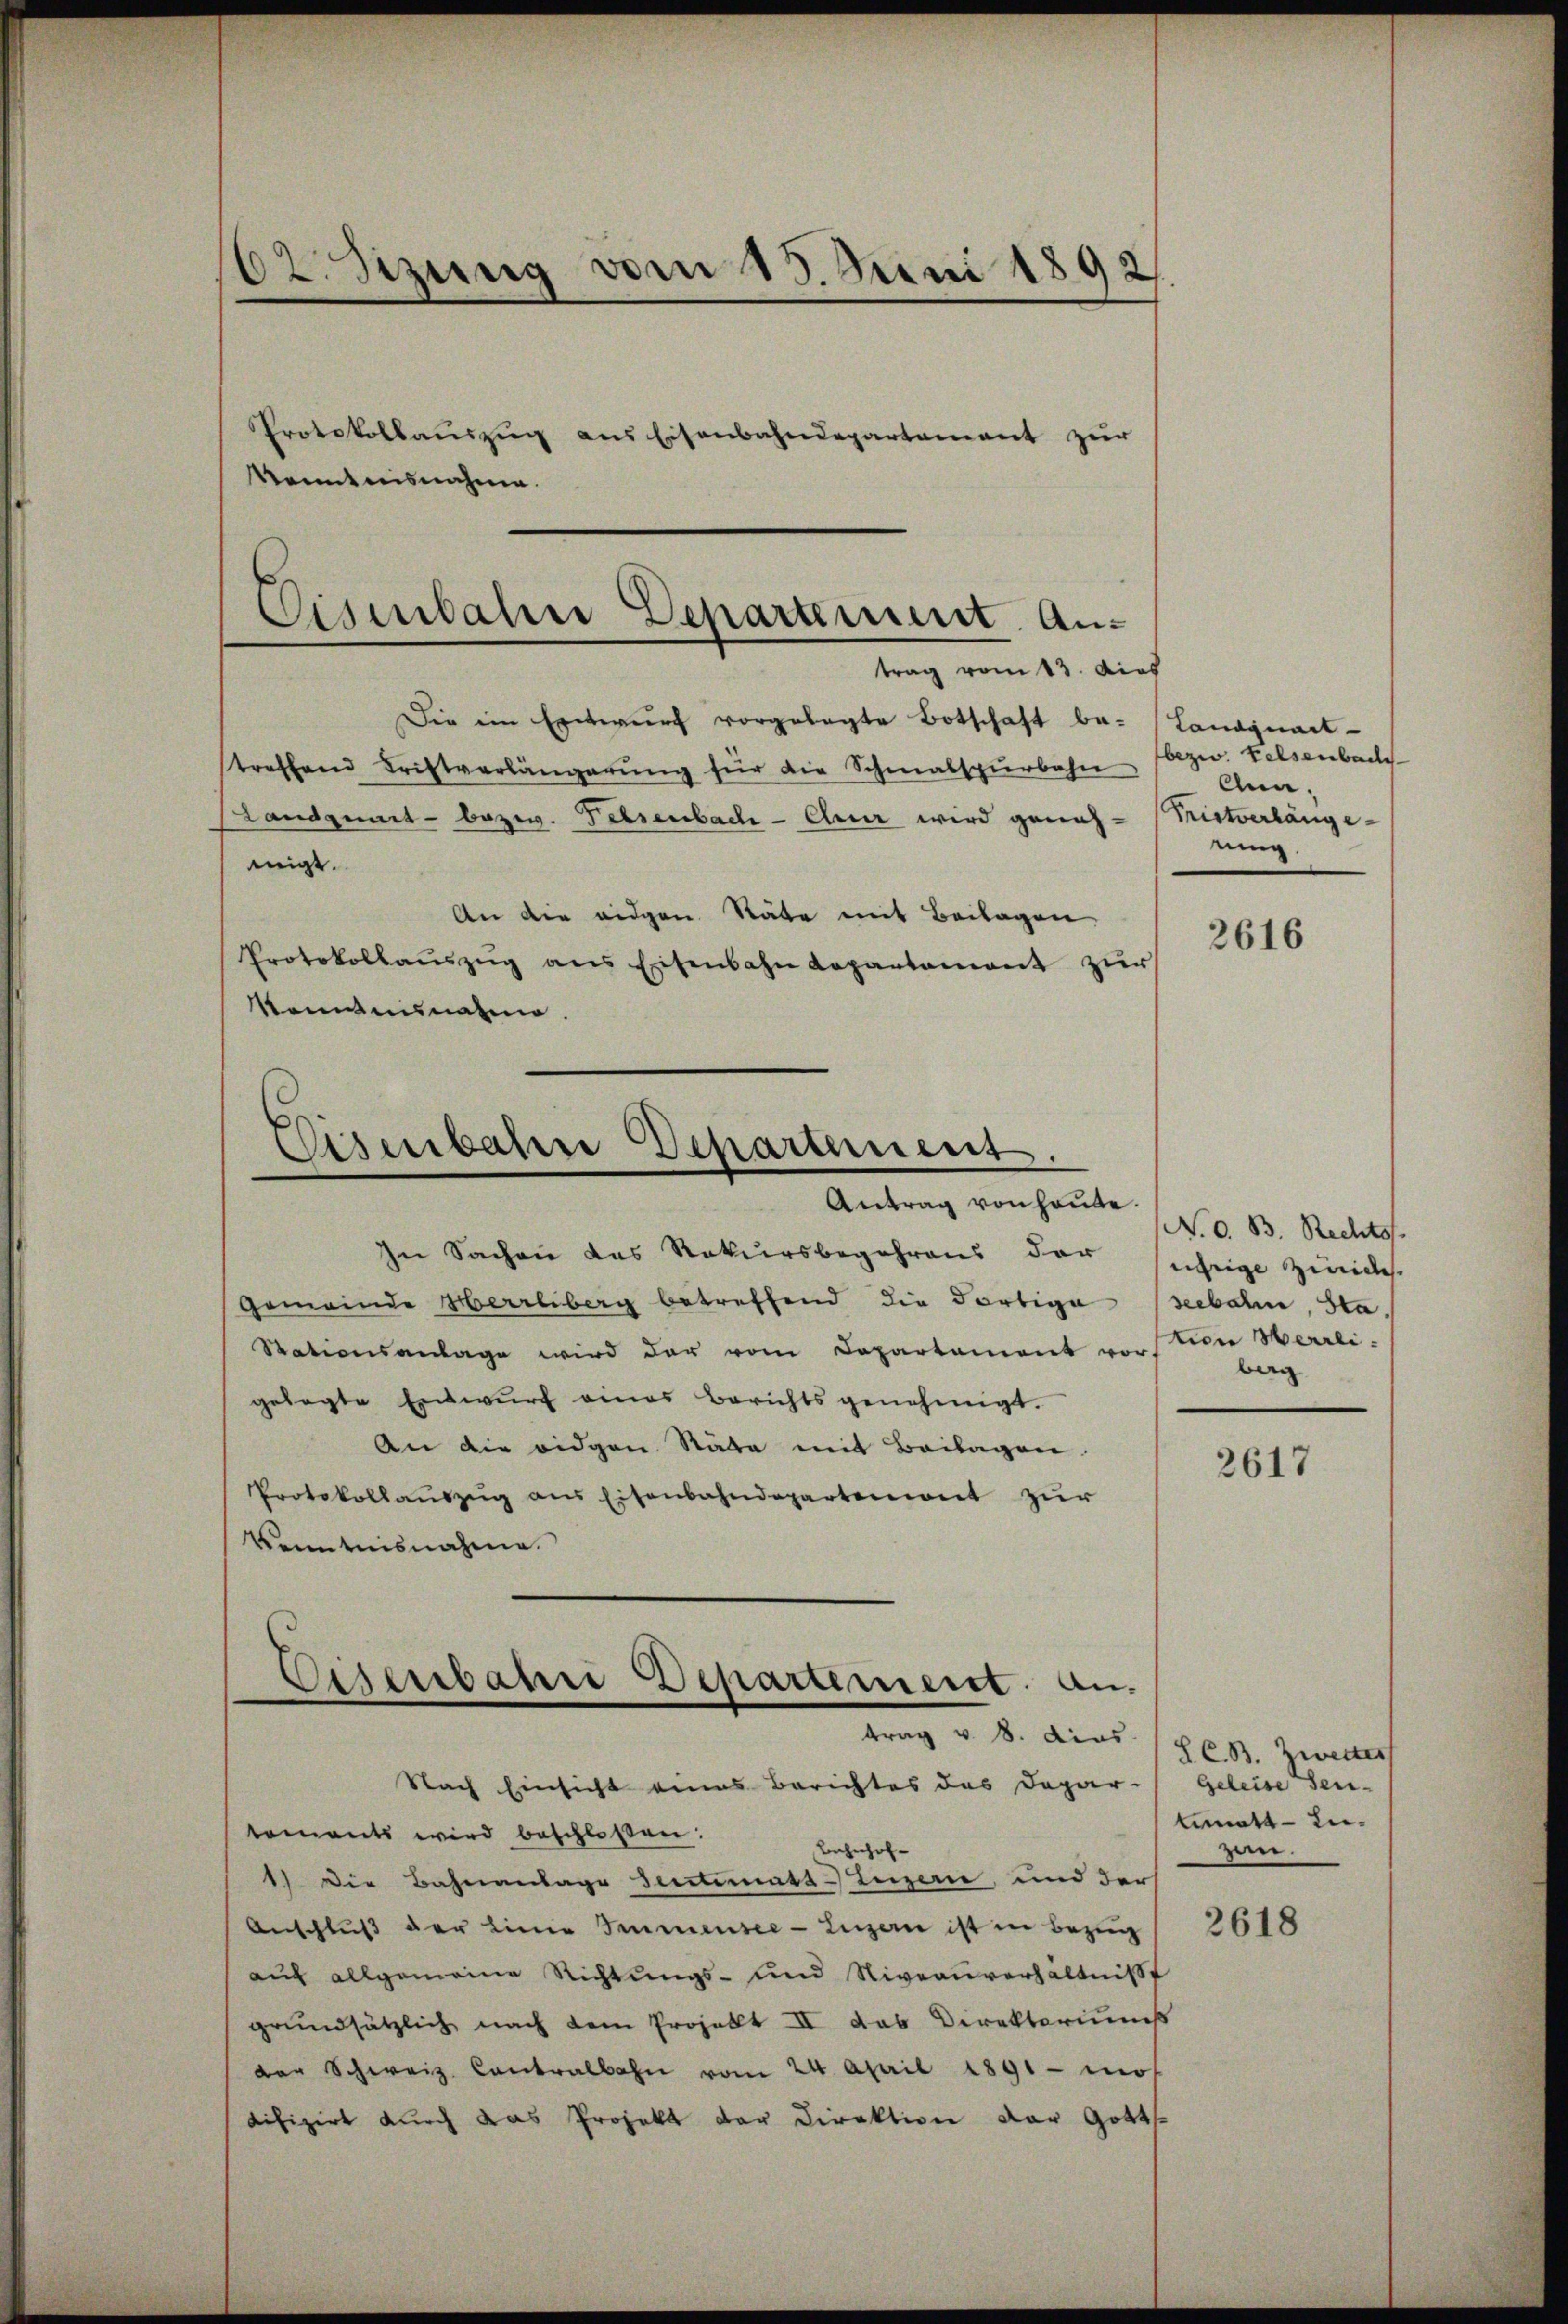
62. Sitzung vom 13. Juni 1892.
Protokollauszug aus Eisenbahndepartement zur

kenntnisnahme.

Eisenbahne Departement. Antrag vom 13. dies

Die ein Entwurf vorgelegte Botschaft be- Landquart-
treffend Fristverlängerŭng für die Schmalspürbahn
Landquart - bezw. Felsenbach - Chur wird genah-Tristverlänge-
migt.
An die eidgen. Stäte mit Beilagen
Protokollaŭszŭg ans Eisenbahn Repartament zur
kenntnisnahme.

Eisenbahn Departement
Antrag von heute

In Sachen das Rekursbegehrens der
Gemeinde Herrliberg betreffend die dortige
Stationsanlage wird der vom Departament vor Ticie Herrligelegte Einwurf eines Berichts genehmigt.
An die eidgen Stäte mit Beilagen
Protokollaŭszŭg ans Eisenbahndepartenweit zur
Kenntnisnahme.
trag v. 8. dies
Nach Einsicht eines Berichtes des Depar-
tements wird beschlossen:
Bahnhof-
1) Die Bahnanlage Seitemata-Luzern, und der
Anschlŭβ der Linie Immensee-Luzern ist in Bezug
auf allgemeine Richtŭngs- und Niveauverhältnis
grundsätzlich nach dem Projekt II das Direkteriums
der Schweiz. Contralbahn vom 24. April 1891 mos
difizirt durch das Projekt der Direktion der Gott

Ciserbahn Departement an.

bezw. Felsenbach
Ann.
ning

2616

N. O. B. Rechtss.
ihrige Zinides.
seebahn, Sta
berg

2617

S. C. B. Zweiter
Geleise den-
timat unzen.

2618